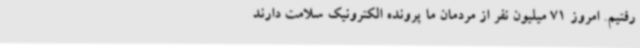
رفتیم. امروز 71 میلیون نفر از مردمان ما پرونده الکترونیک سلامت دارند